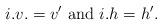
LaTeX: \begin{align*}i.v.=v' \mbox{ and } i.h=h'. \end{align*}